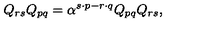
Q _ { r s } Q _ { p q } = \alpha ^ { s \cdot p - r \cdot q } Q _ { p q } Q _ { r s } ,